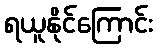
ရယူနိုင်ကြောင်း